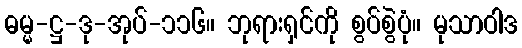
ဓမ္မ-ဋ္ဌ-ဒု-အုပ်-၁၁၆။ ဘုရားရှင်ကို စွပ်စွဲပုံ။ မုသာဝါဒ